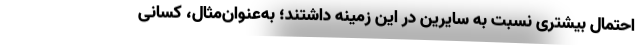
احتمال بیشتری نسبت به سایرین در این زمینه داشتند؛ به‌عنوان‌مثال، کسانی